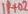
Text: 1H02